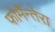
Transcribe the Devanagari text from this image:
फोर्मेन्तेरा